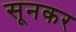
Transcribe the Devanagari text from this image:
सूनकर